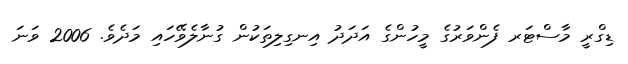
ޑިގްރީ މާސްޓަރ ފެންވަރުގެ މީހުންގެ އަދަދު އިނގިލިތަކުން ގުނާލެވޭހައި މަދެވެ. 2006 ވަނަ